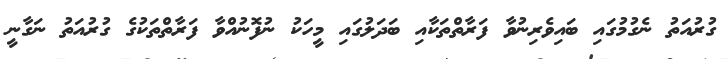
ގުރުއަތު ނެގުމުގައި ބައިވެރިނުވާ ފަރާތްތަކާއި ބަދަލުގައި މީހަކު ނުފޮނުއްވާ ފަރާތްތަކުގެ ގުރުއަތު ނަގާނީ